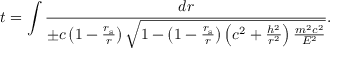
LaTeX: t = \int { \frac { d r } { \pm c \left( 1 - { \frac { r _ { \mathrm { { s } } } } { r } } \right) { \sqrt { 1 - \left( 1 - { \frac { r _ { \mathrm { { s } } } } { r } } \right) \left( c ^ { 2 } + { \frac { h ^ { 2 } } { r ^ { 2 } } } \right) { \frac { m ^ { 2 } c ^ { 2 } } { E ^ { 2 } } } } } } } .